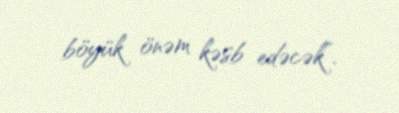
böyük önəm kəsb edəcək”.